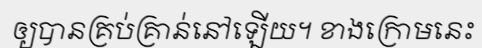
ឲ្យបានគ្រប់គ្រាន់នៅឡើយ។ ខាងក្រោមនេះ